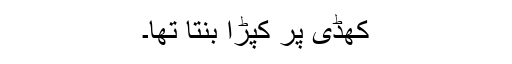
کھڈی پر کپڑا بنتا تھا۔